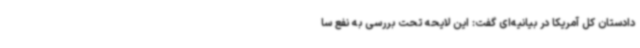
دادستان کل آمریکا در بیانیه‌ای گفت: این لایحه تحت بررسی به نفع سا